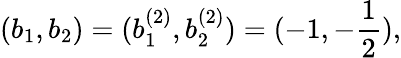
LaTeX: (b_{1},b_{2})=(b_{1}^{(2)},b_{2}^{(2)})=(-1,-\frac{1}{2}),